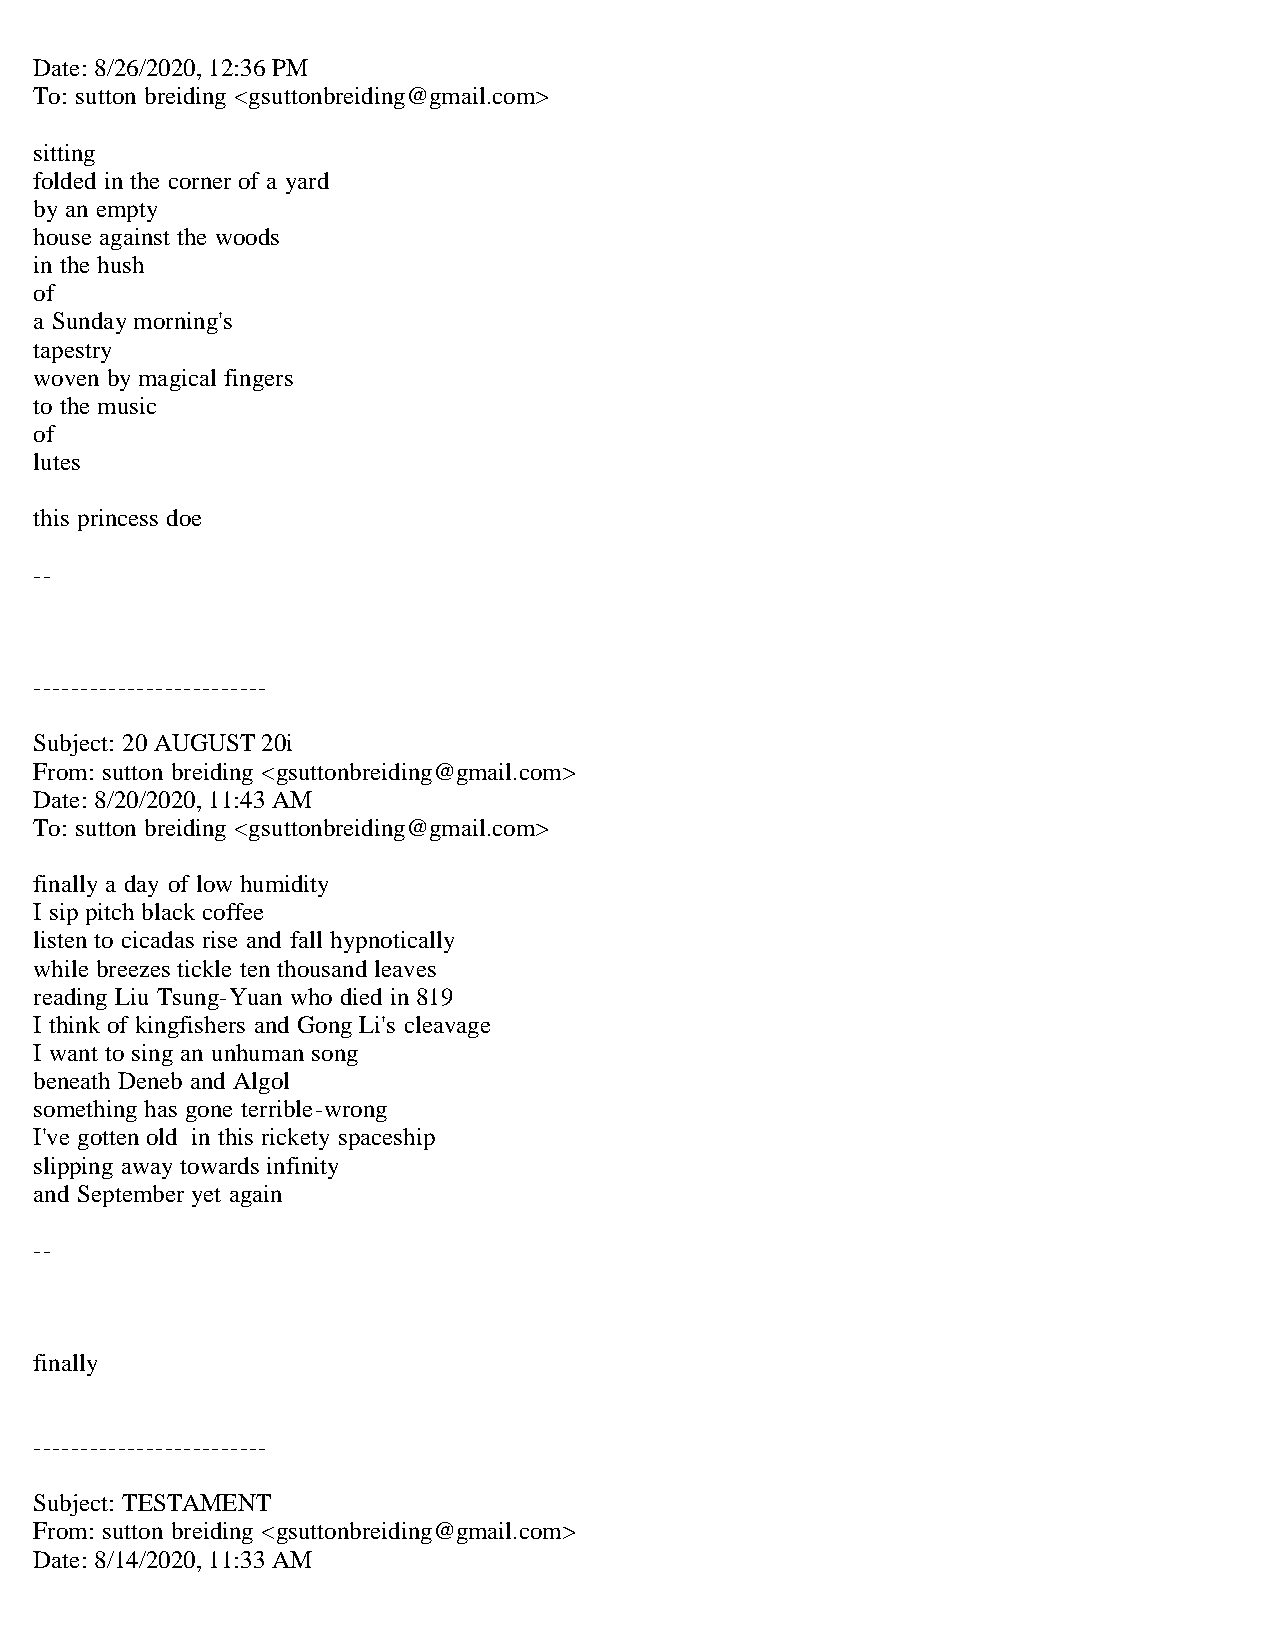
Date: 8/26/2020, 12:36 PM
 To: sutton breiding <gsuttonbreiding@gmail.com>
 sitting
 folded in the corner of a yard
 by an empty
 house against the woods
 in the hush
 of
 a Sunday morning's
 tapestry
 woven by magical fingers
 to the music
 of
 lutes
 this princess doe
 --
 -------------------------
 Subject: 20 AUGUST 20i
 From: sutton breiding <gsuttonbreiding@gmail.com>
 Date: 8/20/2020, 11:43 AM
 To: sutton breiding <gsuttonbreiding@gmail.com>
 finally a day of low humidity
 I sip pitch black coffee
 listen to cicadas rise and fall hypnotically
 while breezes tickle ten thousand leaves
 reading Liu Tsung-Yuan who died in 819
 I think of kingfishers and Gong Li's cleavage
 I want to sing an unhuman song
 beneath Deneb and Algol
 something has gone terrible-wrong
 I've gotten old in this rickety spaceship
 slipping away towards infinity
 and September yet again
 --
 finally
 -------------------------
 Subject: TESTAMENT
 From: sutton breiding <gsuttonbreiding@gmail.com>
 Date: 8/14/2020, 11:33 AM